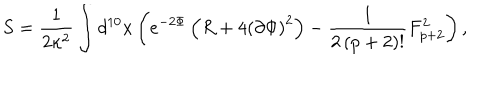
S = \frac { 1 } { 2 \kappa ^ { 2 } } \int d ^ { 1 0 } x \left( e ^ { - 2 \Phi } \left( R + 4 \left( \partial \Phi \right) ^ { 2 } \right) - \frac { 1 } { 2 \left( p + 2 \right) ! } F _ { p + 2 } ^ { 2 } \right) ,